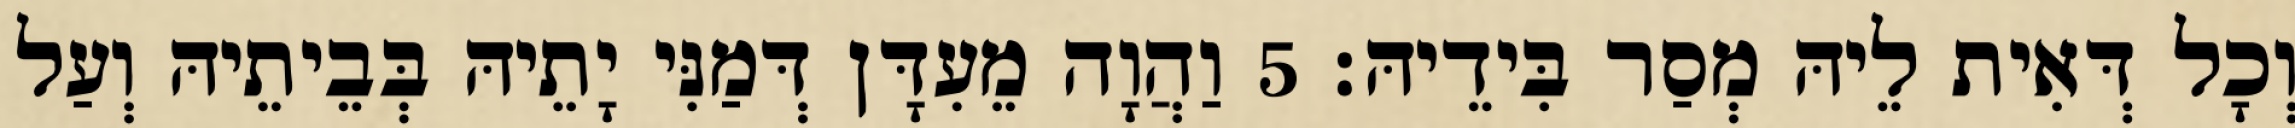
וְכָל דְּאִית לֵיהּ מְסַר בִּידֵיהּ׃ 5 וַהֲוָה מֵעִדָּן דְּמַנִּי יָתֵיהּ בְּבֵיתֵיהּ וְעַל